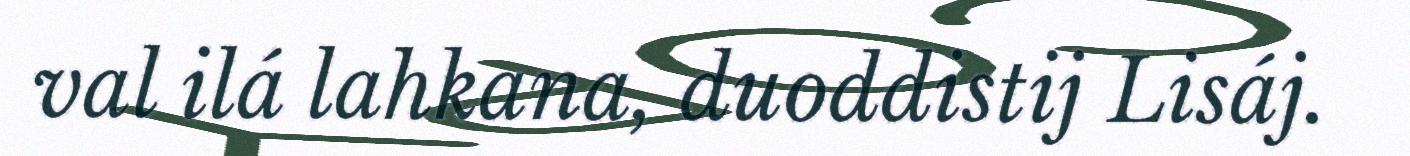
val ilá lahkana, duoddistij Lisáj.